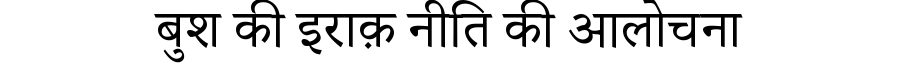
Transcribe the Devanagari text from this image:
बुश की इराक़ नीति की आलोचना